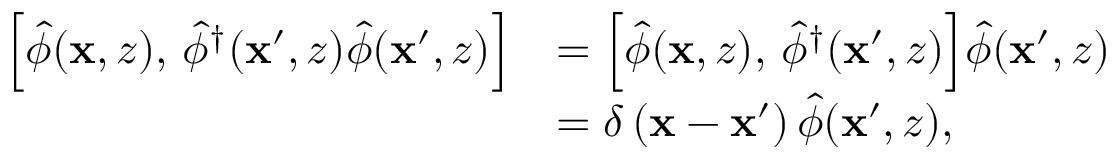
\begin{array} { r l } { \Bigl [ \hat { \phi } ( \mathbf { x } , z ) , \, \hat { \phi } ^ { \dagger } ( \mathbf { x } ^ { \prime } , z ) \hat { \phi } ( \mathbf { x } ^ { \prime } , z ) \Bigr ] } & { = \Bigl [ \hat { \phi } ( \mathbf { x } , z ) , \, \hat { \phi } ^ { \dagger } ( \mathbf { x } ^ { \prime } , z ) \Bigr ] \hat { \phi } ( \mathbf { x } ^ { \prime } , z ) } \\ & { = \delta \left( \mathbf { x } - \mathbf { x } ^ { \prime } \right) \hat { \phi } ( \mathbf { x } ^ { \prime } , z ) , } \end{array}